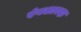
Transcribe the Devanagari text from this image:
रंगशारदा